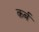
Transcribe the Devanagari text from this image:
क़र्ब